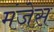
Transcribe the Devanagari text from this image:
मंजेस